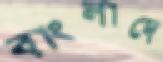
বাংলাদে